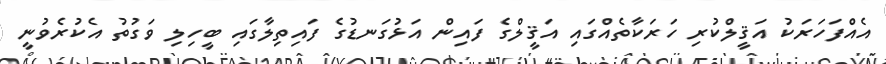
އެއްފަހަރަކު އަޤީލްކުރި ހަރަކާތެއްގައި އަޤީލްގެ ފައިން އަޅުގަނޑުގެ ފައިތިލާގައި ބީހިލި ވަގުތު އެކުރެވުނީ